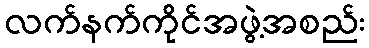
လက်နက်ကိုင်အဖွဲ့အစည်း